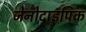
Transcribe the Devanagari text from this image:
जेनोटाइपिक